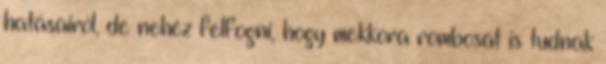
hatásairól, de nehéz felfogni, hogy mekkora rombosát is tudnak